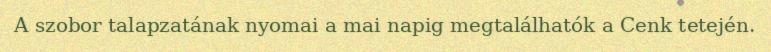
A szobor talapzatának nyomai a mai napig megtalálhatók a Cenk tetején.